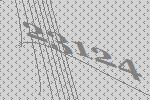
23124